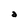
Character: a